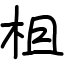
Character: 柤